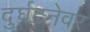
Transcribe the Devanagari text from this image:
दुर्घटनेवर